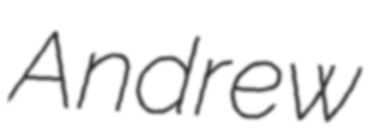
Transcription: Andrew